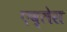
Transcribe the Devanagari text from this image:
एव्लेस